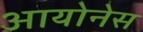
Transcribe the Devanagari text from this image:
आयोनेस